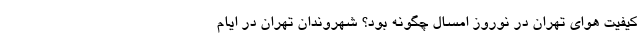
کیفیت هوای تهران در نوروز امسال چگونه بود؟ شهروندان تهران در ایام